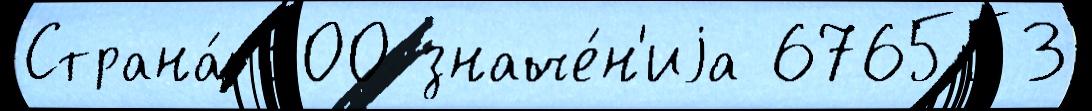
Страна́ 300 значе́н'иjа 676553